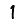
Digit: 1